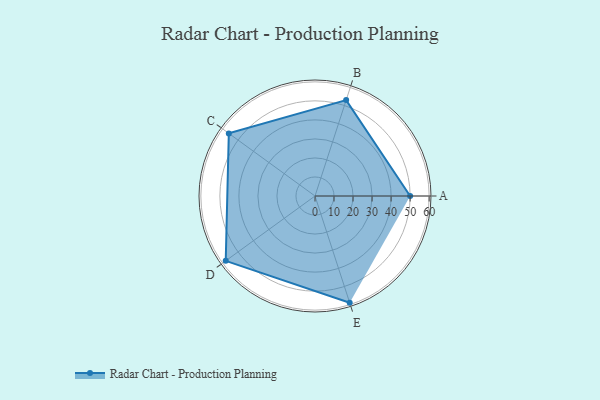
{"axis": {"x": "Skill", "y": "Score"}, "legend": ["Profile"], "data": [{"x": "A", "y": 50.0, "type": "Profile"}, {"x": "B", "y": 53.0, "type": "Profile"}, {"x": "C", "y": 56.0, "type": "Profile"}, {"x": "D", "y": 58.0, "type": "Profile"}, {"x": "E", "y": 59.0, "type": "Profile"}]}